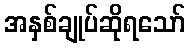
အနှစ်ချုပ်ဆိုရသော်